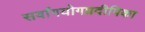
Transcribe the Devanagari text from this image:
सर्वांगयोगप्रदीपिका